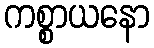
ကစ္စာယနော